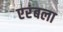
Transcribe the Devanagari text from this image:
एरंबला